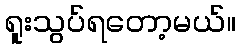
ရူးသွပ်ရတော့မယ်။